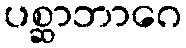
ပစ္ဆာဘာဂေ